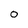
Character: O